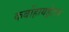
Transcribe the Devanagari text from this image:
कर्बोहायड्रेटस